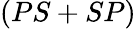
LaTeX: (PS+SP)